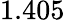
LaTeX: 1.405